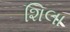
શિલા